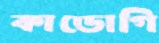
কাডোগি